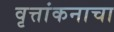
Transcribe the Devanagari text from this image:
वृत्तांकनाचा